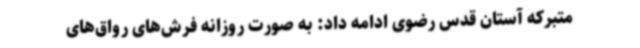
متبرکه آستان قدس رضوی ادامه داد: به صورت روزانه فرش‌های رواق‌های